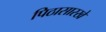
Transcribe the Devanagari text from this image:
पिठासारखे